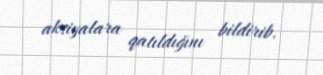
aksiyalara qatıldığını bildirib.